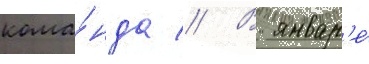
кома́нда // В январ'е́